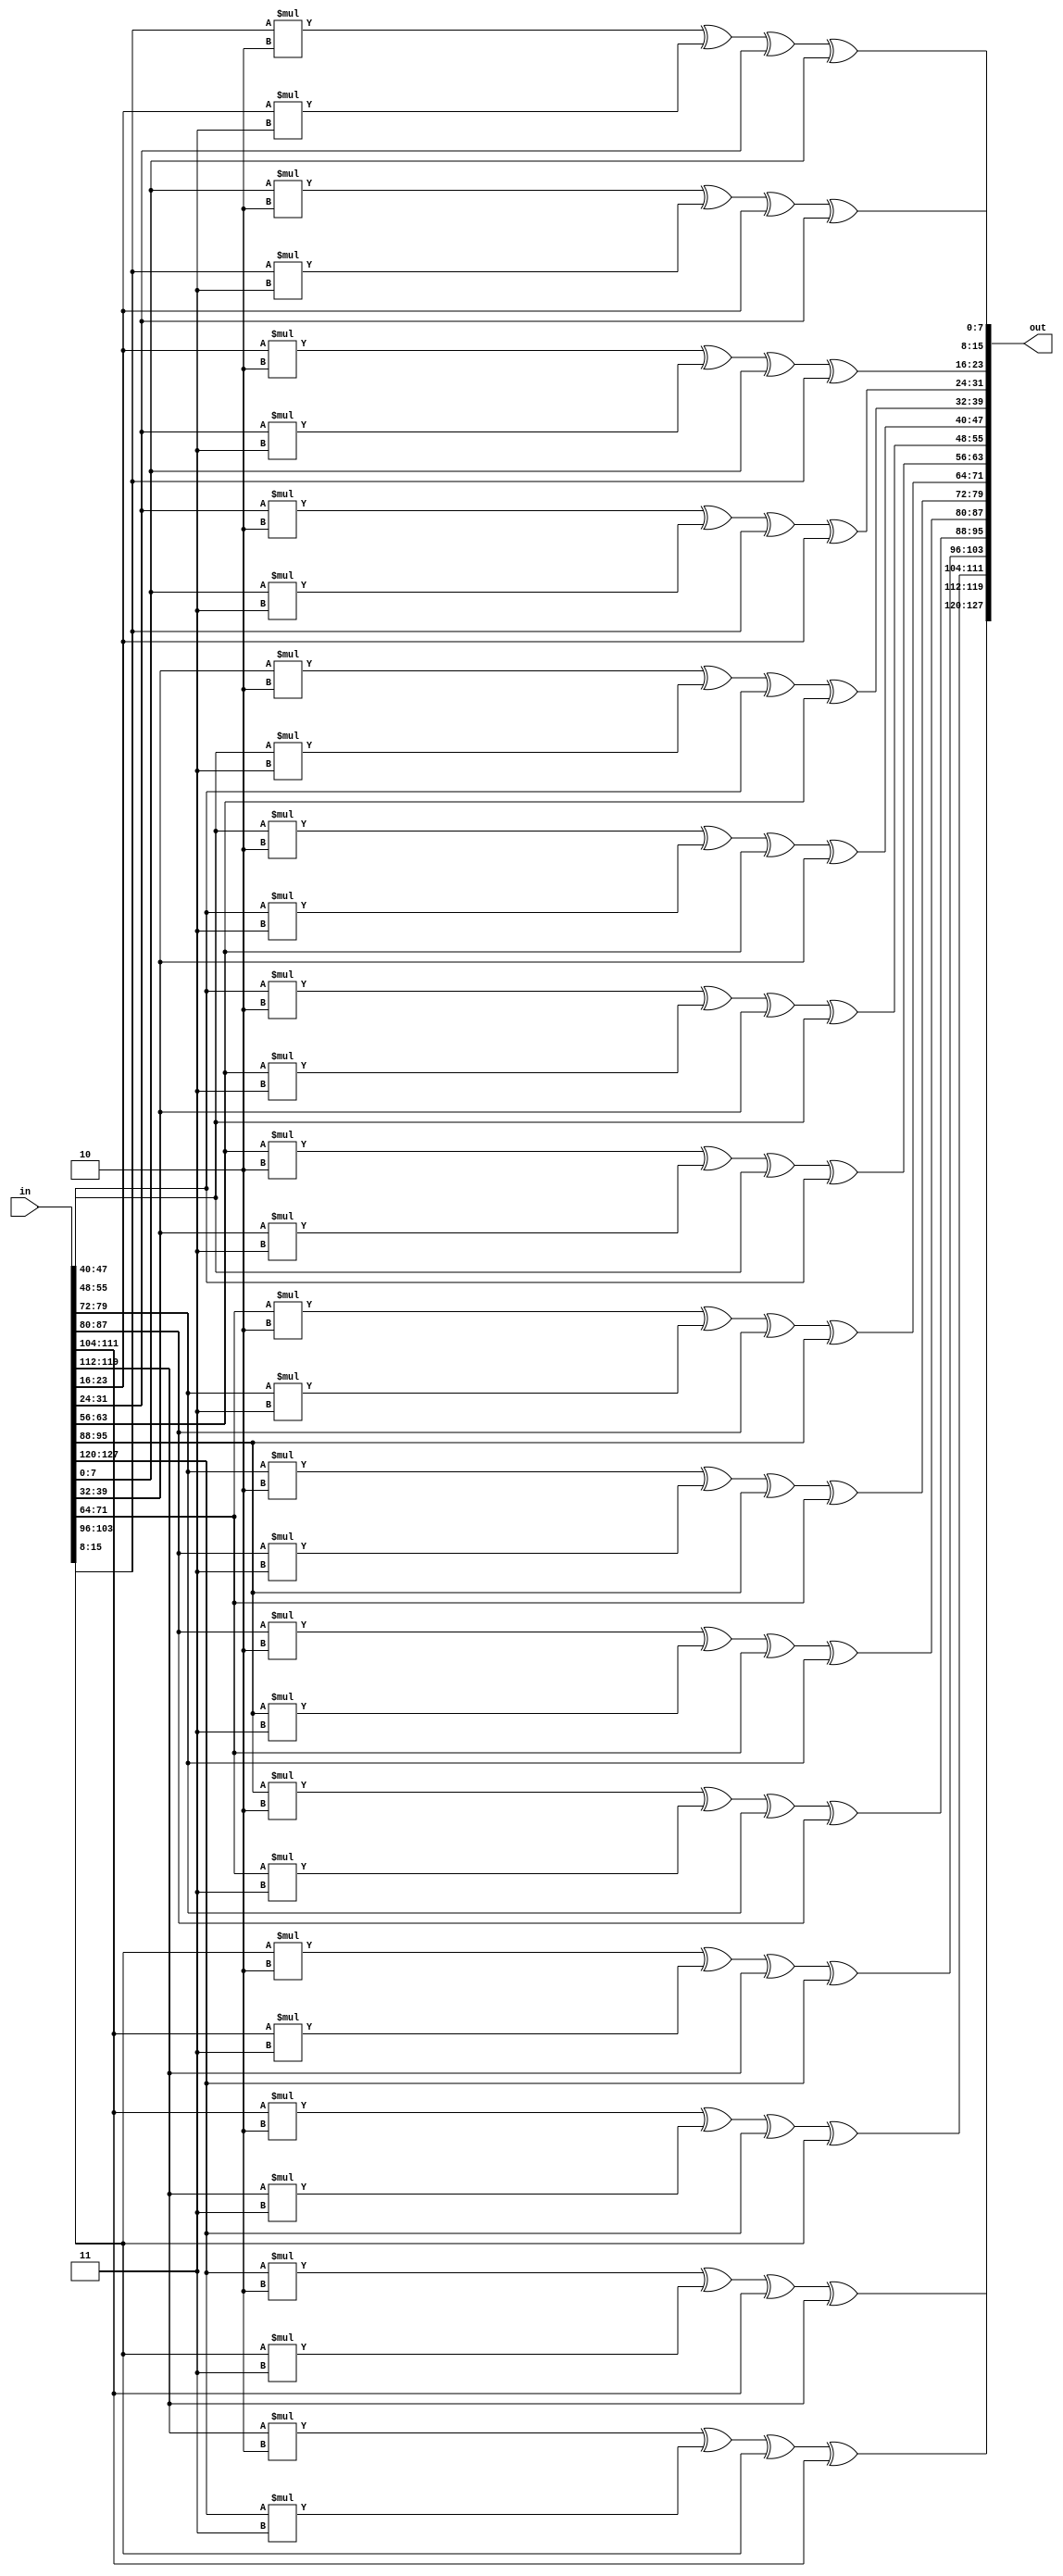
`timescale 1ns / 1ps
//////////////////////////////////////////////////////////////////////////////////
// Company: 
// Engineer: 
// 
// Design Name: 
// Module Name:    mixColumns 
// Project Name: 
// Target Devices: 
// Tool versions: 
// Description: 
//
// Dependencies: 
//
// Revision: 
// Revision 0.01 - File Created
// Additional Comments: 
//
//////////////////////////////////////////////////////////////////////////////////
module mixColumns(input [127:0] in, output [127:0] out);
/* mix column matrix for encryp
	2 3 1 1
	1 2 3 1
	1 1 2 3
	3 1 1 2
*/
//row1
assign out[7:0]=multiply(in[7:0],in[15:8],in[23:16],in[31:24]);
assign out[39:32]=multiply(in[39:32],in[47:40],in[55:48],in[63:56]);
assign out[71:64]=multiply(in[71:64],in[79:72],in[87:80],in[95:88]);
assign out[103:96]=multiply(in[103:96],in[111:104],in[119:112],in[127:120]);
//row2
assign out[15:8]=multiply(in[15:8],in[23:16],in[31:24],in[7:0]);
assign out[47:40]=multiply(in[47:40],in[55:48],in[63:56],in[39:32]);
assign out[79:72]=multiply(in[79:72],in[87:80],in[95:88],in[71:64]);
assign out[111:104]=multiply(in[111:104],in[119:112],in[127:120],in[103:96]);
//row3
assign out[23:16]=multiply(in[23:16],in[31:24],in[7:0],in[15:8]);
assign out[55:48]=multiply(in[55:48],in[63:56],in[39:32],in[47:40]);
assign out[87:80]=multiply(in[87:80],in[95:88],in[71:64],in[79:72]);
assign out[119:112]=multiply(in[119:112],in[127:120],in[103:96],in[111:104]);
//row4
assign out[31:24]=multiply(in[31:24],in[7:0],in[15:8],in[23:16]);
assign out[63:56]=multiply(in[63:56],in[39:32],in[47:40],in[55:48]);
assign out[95:88]=multiply(in[95:88],in[71:64],in[79:72],in[87:80]);
assign out[127:120]=multiply(in[127:120],in[103:96],in[111:104],in[119:112]);

function [7:0] multiply; //i1*2 ^ i2*3 ^ i3*1 ^ i4*1
input [7:0] i1,i2,i3,i4;
begin
multiply = (i1*8'd2)^(i2*8'd3)^(i3)^(i4);
end
endfunction
endmodule